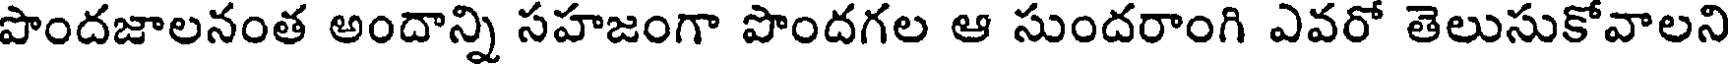
పొందజాలనంత అందాన్ని సహజంగా పొందగల ఆ సుందరాంగి ఎవరో తెలుసుకోవాలని